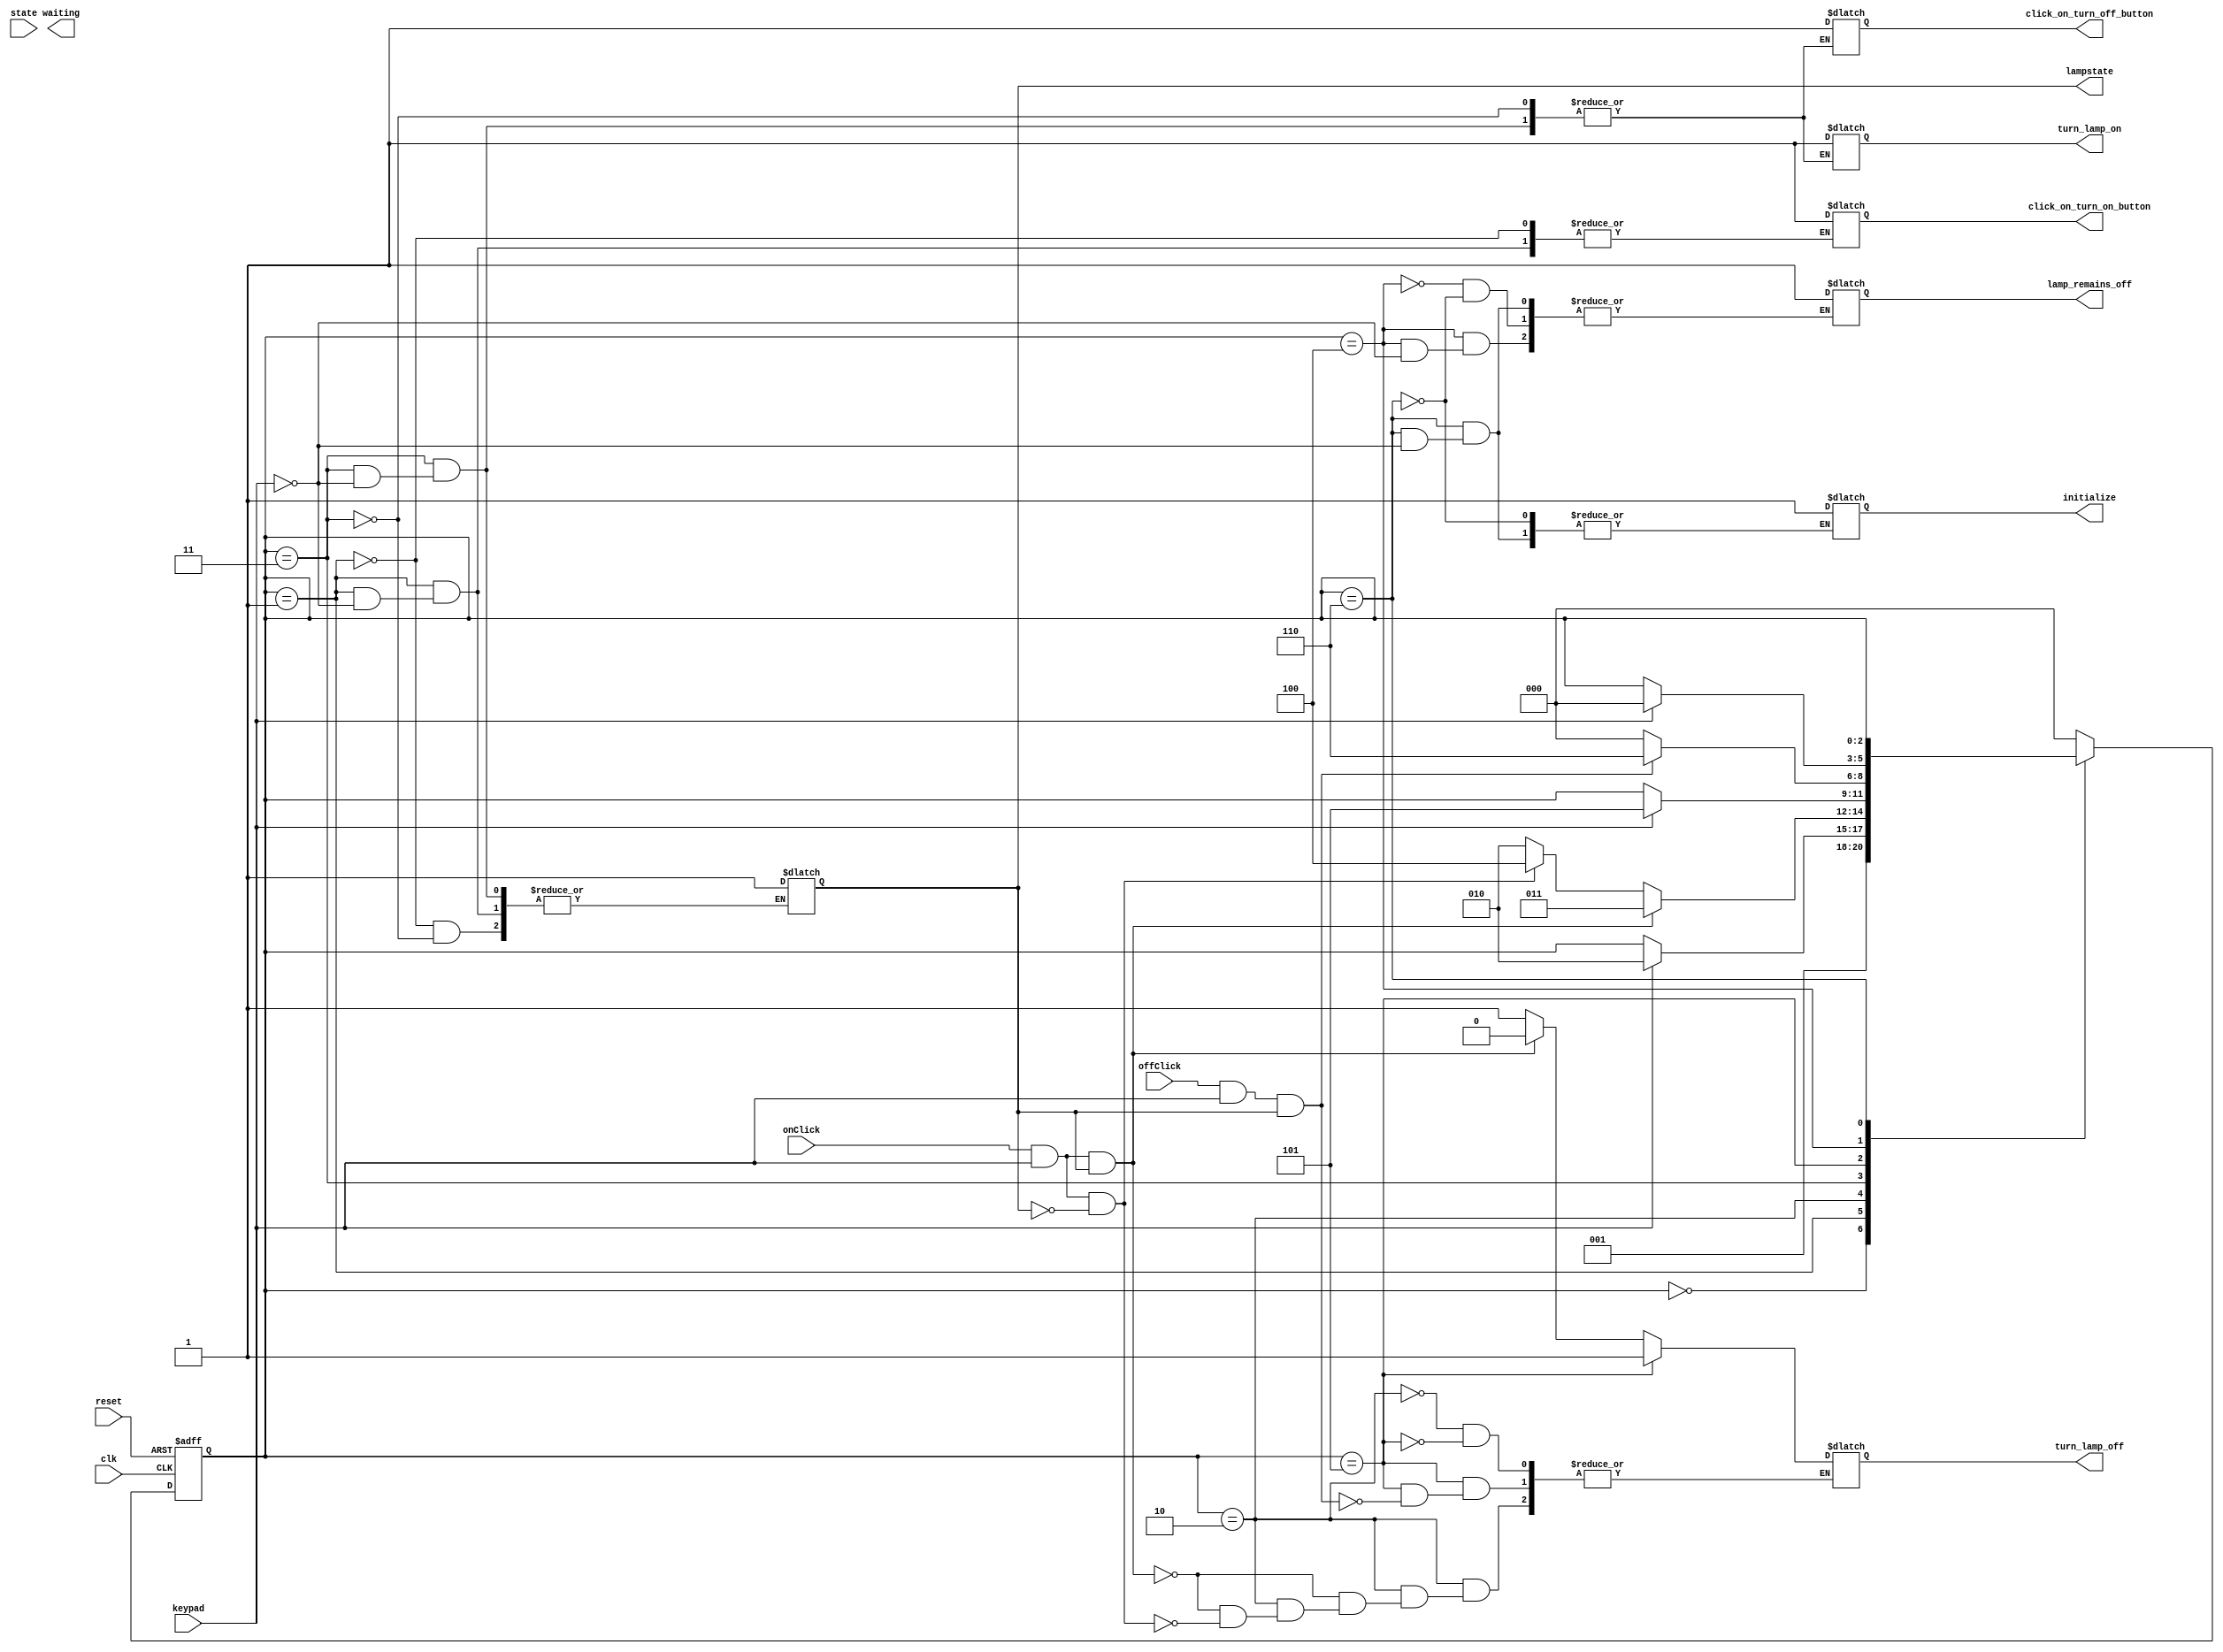
module LightSystem(
    input clk,
    input  reset,
    input wire onClick,
    input wire offClick,
    input wire keypad,
    input wire state,

    output reg initialize ,
    output reg turn_lamp_on,
    output reg turn_lamp_off,
    output reg click_on_turn_on_button,
    output reg click_on_turn_off_button,
    output reg waiting,
    output reg lamp_remains_off,
    output reg lampstate
    );


parameter STATE0=3'b000,
          STATE1=3'b001,
          STATE2=3'b010, 
          STATE3=3'b011,
          STATE4=3'b100,
          STATE5=3'b101,
          STATE6=3'b110;
	
reg[2:0] state_reg,next_state ; 

always @(posedge clk, posedge reset) 
  begin
   if (reset) begin
	state_reg <= 3'b000;
		end
	else begin
	   state_reg <= next_state;
	end
end 

always @(onClick,offClick,keypad,lampstate,state_reg) 
	begin

next_state = state_reg; 
  case (state_reg)
STATE0: next_state= STATE1;

STATE1: 
       if(keypad==1'b1)
          begin
	next_state = STATE2;
        click_on_turn_on_button =  1;
	lampstate=1;
end

STATE2: 
	if(onClick==1'b1&&keypad==1'b1&&lampstate==1)
	  begin
   	  next_state = STATE3;
    	  turn_lamp_off = 0;
	end

	else if(onClick==1'b1&&keypad==1'b1&&lampstate==0)
	   begin
	   next_state =STATE4;
	   turn_lamp_off = 1;
	   end
        else 
	  next_state = STATE2;

 STATE3:
    if(keypad==1'b1)    
       begin
        turn_lamp_on = 1;
        next_state = STATE5;
        click_on_turn_off_button =  1;
	lampstate=1;
end

STATE5:

if(offClick==1'b1&&keypad==1'b1&&lampstate==1)
	  begin
   	  next_state = STATE6;
    	  turn_lamp_off = 1;
	end
        else 
	  next_state = STATE0;

STATE4:
if(keypad==1'b1)
begin
next_state = STATE0;
lamp_remains_off = 1;
end

STATE6:
if(keypad==1'b1)
begin
lamp_remains_off = 1;
initialize = 1;
end

default :			
	next_state = STATE0;
			
 endcase
end
endmodule